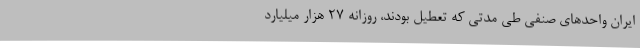
ایران واحدهای صنفی طی مدتی که تعطیل بودند، روزانه 27 هزار میلیارد